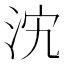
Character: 𣲼